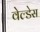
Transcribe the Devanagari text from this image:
वेल्‍डेस